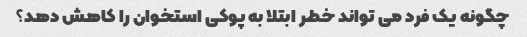
چگونه یک فرد می تواند خطر ابتلا به پوکی استخوان را کاهش دهد؟